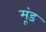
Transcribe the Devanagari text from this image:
मूंड